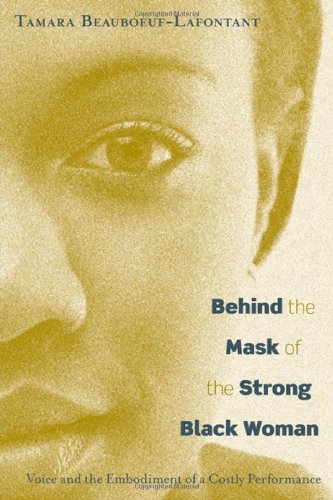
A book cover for Behind the Mask of the Strong Black Woman: Voice and the Embodiment of a Costly Performance; Tamara Beauboeuf-Lafontant; Medical Books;